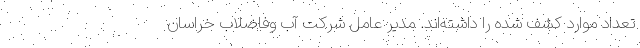
تعداد موارد کشف شده را داشته‌اند. مدیر عامل شرکت آب وفاضلاب خراسان